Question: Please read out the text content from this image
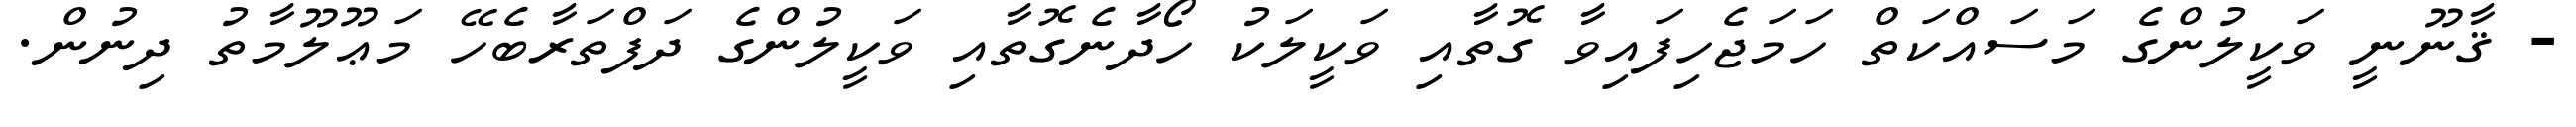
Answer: - ޤާނޫނީ ވަކީލުންގެ މަސައްކަތް ހަމަޖެހިފައިވާ ގޮތާއި ވަކީލަކު ހޯދާނެގޮތާއި ވަކީލުންގެ ދަފްތަރާބެހޭ މަޢޫލޫމާތު ދިނުން.